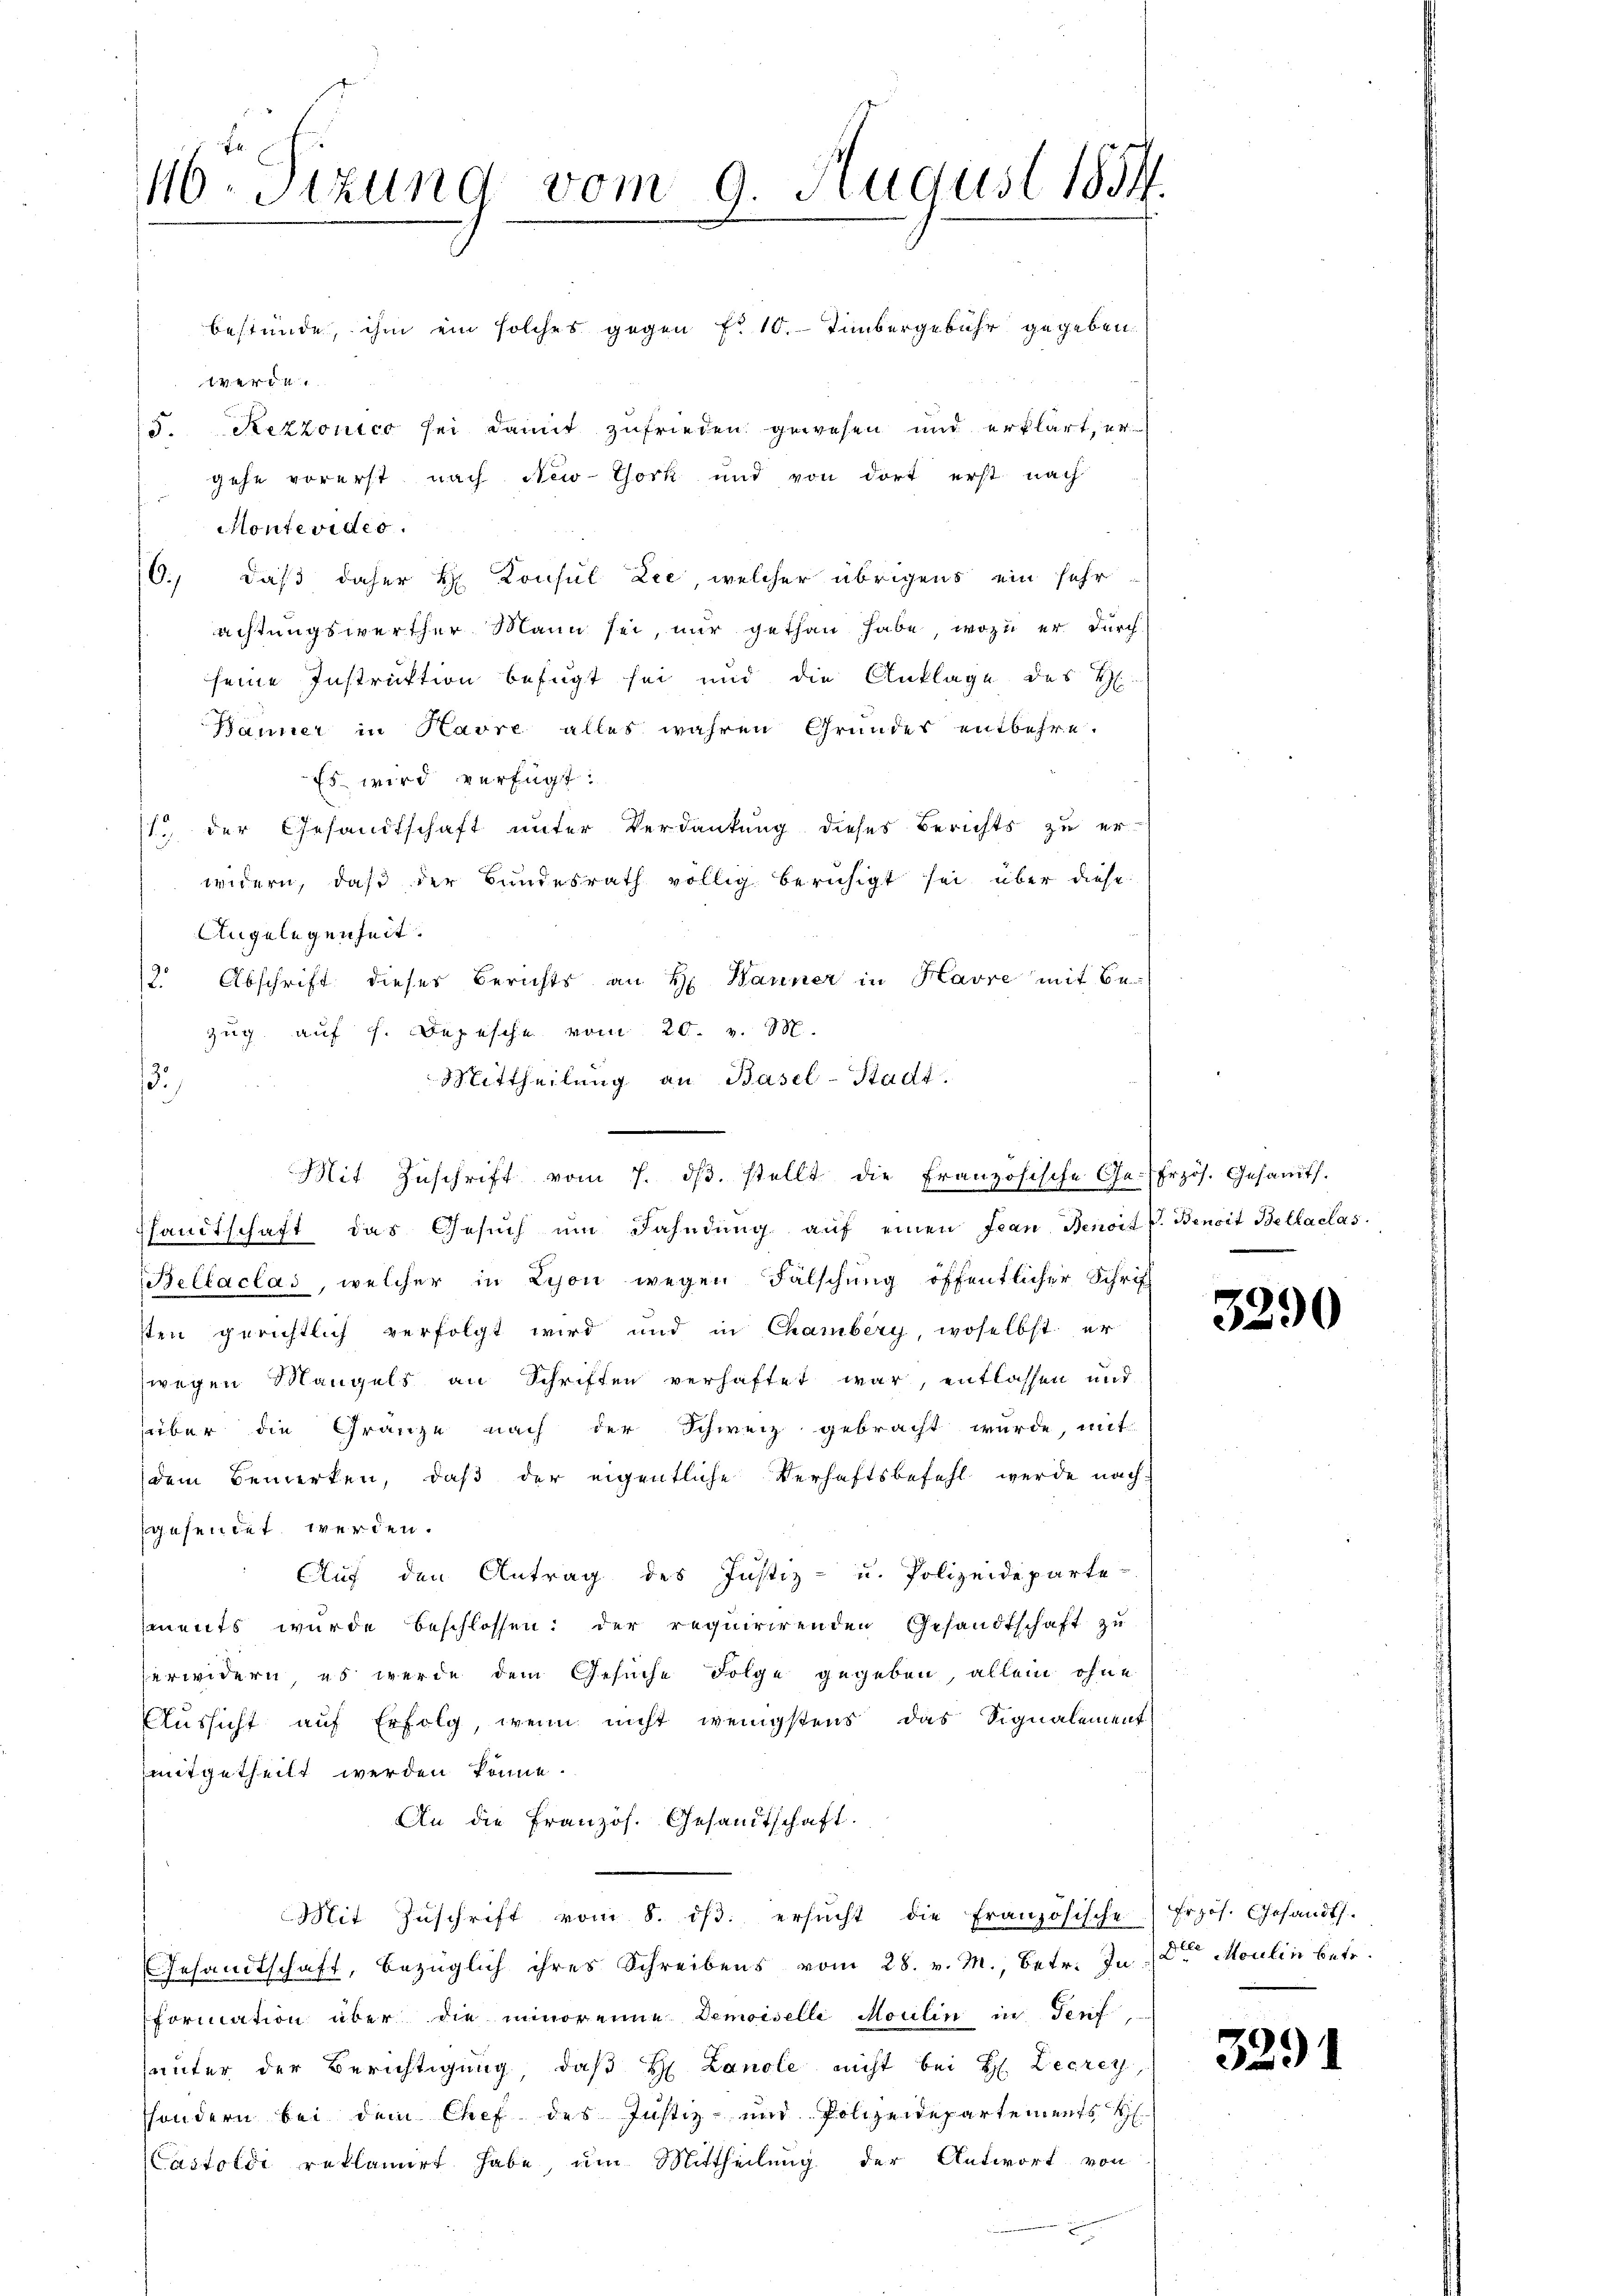
116. Sitzung vom 9. August 1854.

Wer
.
Montevides.
16., daß daher H. Konsul Lee, welcher übrigens ein sehr
achtungswerther Mann sei, nur gethan habe, wozu er durch
seine Instruktion befugt sei und die Anklage des H
Bänner in Havre alles wahren Grundes entbehre.
Es wird verfügt:
(1. der Gesandtschaft unter Verdankung dieses Berichts zu erwidern, daß der Bundesrath völlig beruhigt sei über diese
Angelegenheit.
12 Abschrift dieser Berichts an H. Bauner in Havre mit Be-
Zug auf f. Depesche vom 20. v. M.
Mittheilung an Basel-Stadt.
.
sandtschaft das Gesuch um Fahndung auf einen Jean Benoit V. Benoit Bellaclas
Bellaclas, welcher in Schon wegen Fälschung öffentlicher Schrif
sten gerichtlich verfolgt wird und in Chamberg, woselbst er
wegen Mangels an Schriften verhaftet war, entlassen und
über die Gränze nach der Schweiz gebracht wurde, mit
dem Bemerken, daß der eigentliche Verhaftsbefehl werde nach-
gesendet werden.
Auf den Antrag des Justiz- u. Polizeideparte
ments wurde beschlossen: der requirirenden Gesandtschaft zu
erwidern, es werde dem Gesuche Folge gegeben, allein ohne
Aussicht auf Erfolg, wenn nicht wenigstens das Signalement
mitgetheilt werden könne.
An die Französ. Gesandtschaft.
Mit Zŭschrift vom 8. dβ. ersŭcht die Französische Erzös. Gesandts.
Gesandtschaft, bezüglich ihres Schreibens vom 28. v. M., betr. In der Moulin betr.
formation über die minoreine Demoiselli Moulin in Teuf
hauter der Berichtigung, daß H: Lanole nicht bei H. Leerey,
ssondern bei dem Chef des Justiz- und Polizeidepartements S.
Castoldi reklamirt habe um Mittheilung der Antwort von

bestünde, ihm ein solches gegen No 10. Timbergebühr gegeben.
5. Rezzonico sei damit zufrieden gewesen und erklärt, ergehe vorerst nach New-York und von dort erst nach

Mit Zuschrift vom 7. dβ. stellt die Französische Ge-frzös. Gesamts.

3290

3291